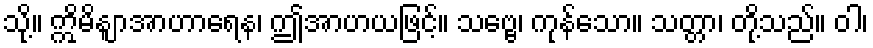
သို့။ ဣိမိနျာအာဟာရေန၊ ဤအာဟယဖြင့်။ သဗ္ဗေ၊ ကုန်သော။ သတ္တာ၊ တို့သည်။ ဝါ၊